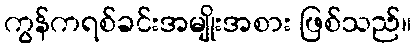
ကွန်ကရစ်ခင်းအမျိုးအစား ဖြစ်သည်။